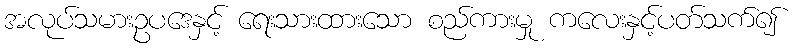
အလုပ်သမားဥပဒေနှင့် ရေးသားထားသော စည်ကားမှု ကလေးနှင့်ပတ်သက်၍